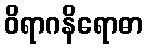
ဝိရာဂနိရောဓာ